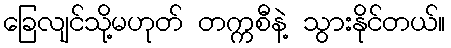
ခြေလျင်သို့မဟုတ် တက္ကစီနဲ့ သွားနိုင်တယ်။